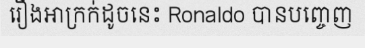
រឿងអាក្រក់ដូចនេះ Ronaldo បានបញ្ចេញ